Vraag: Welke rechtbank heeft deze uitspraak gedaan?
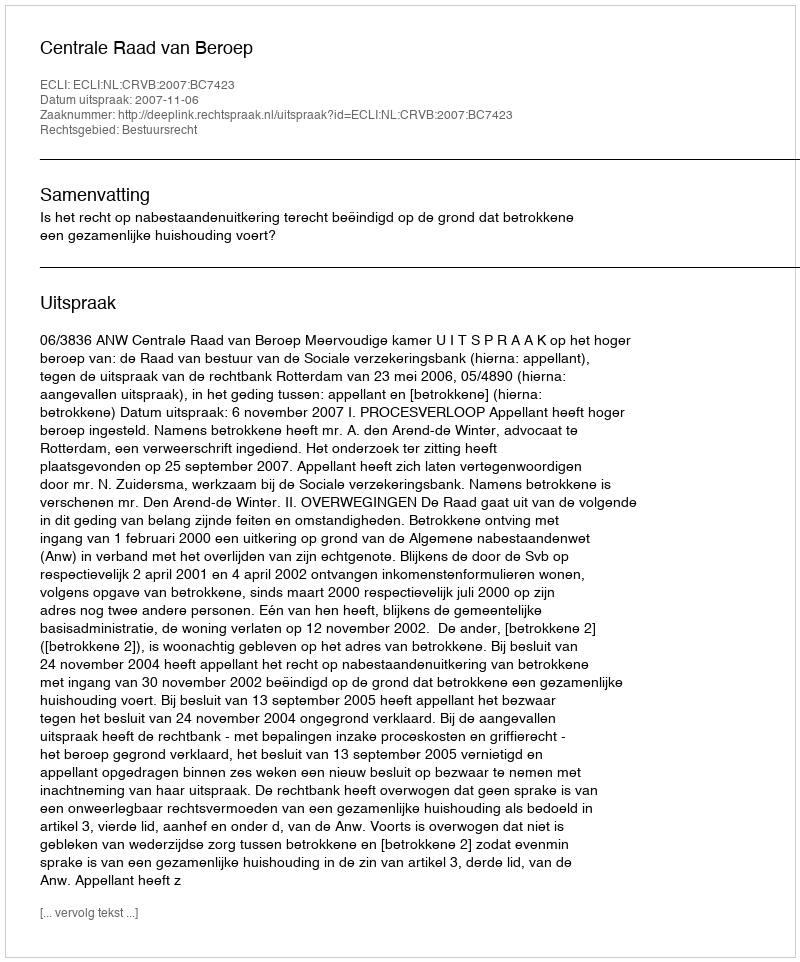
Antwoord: Centrale Raad van Beroep